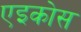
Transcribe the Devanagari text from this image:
एइकोस